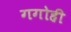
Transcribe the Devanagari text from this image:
गगोही